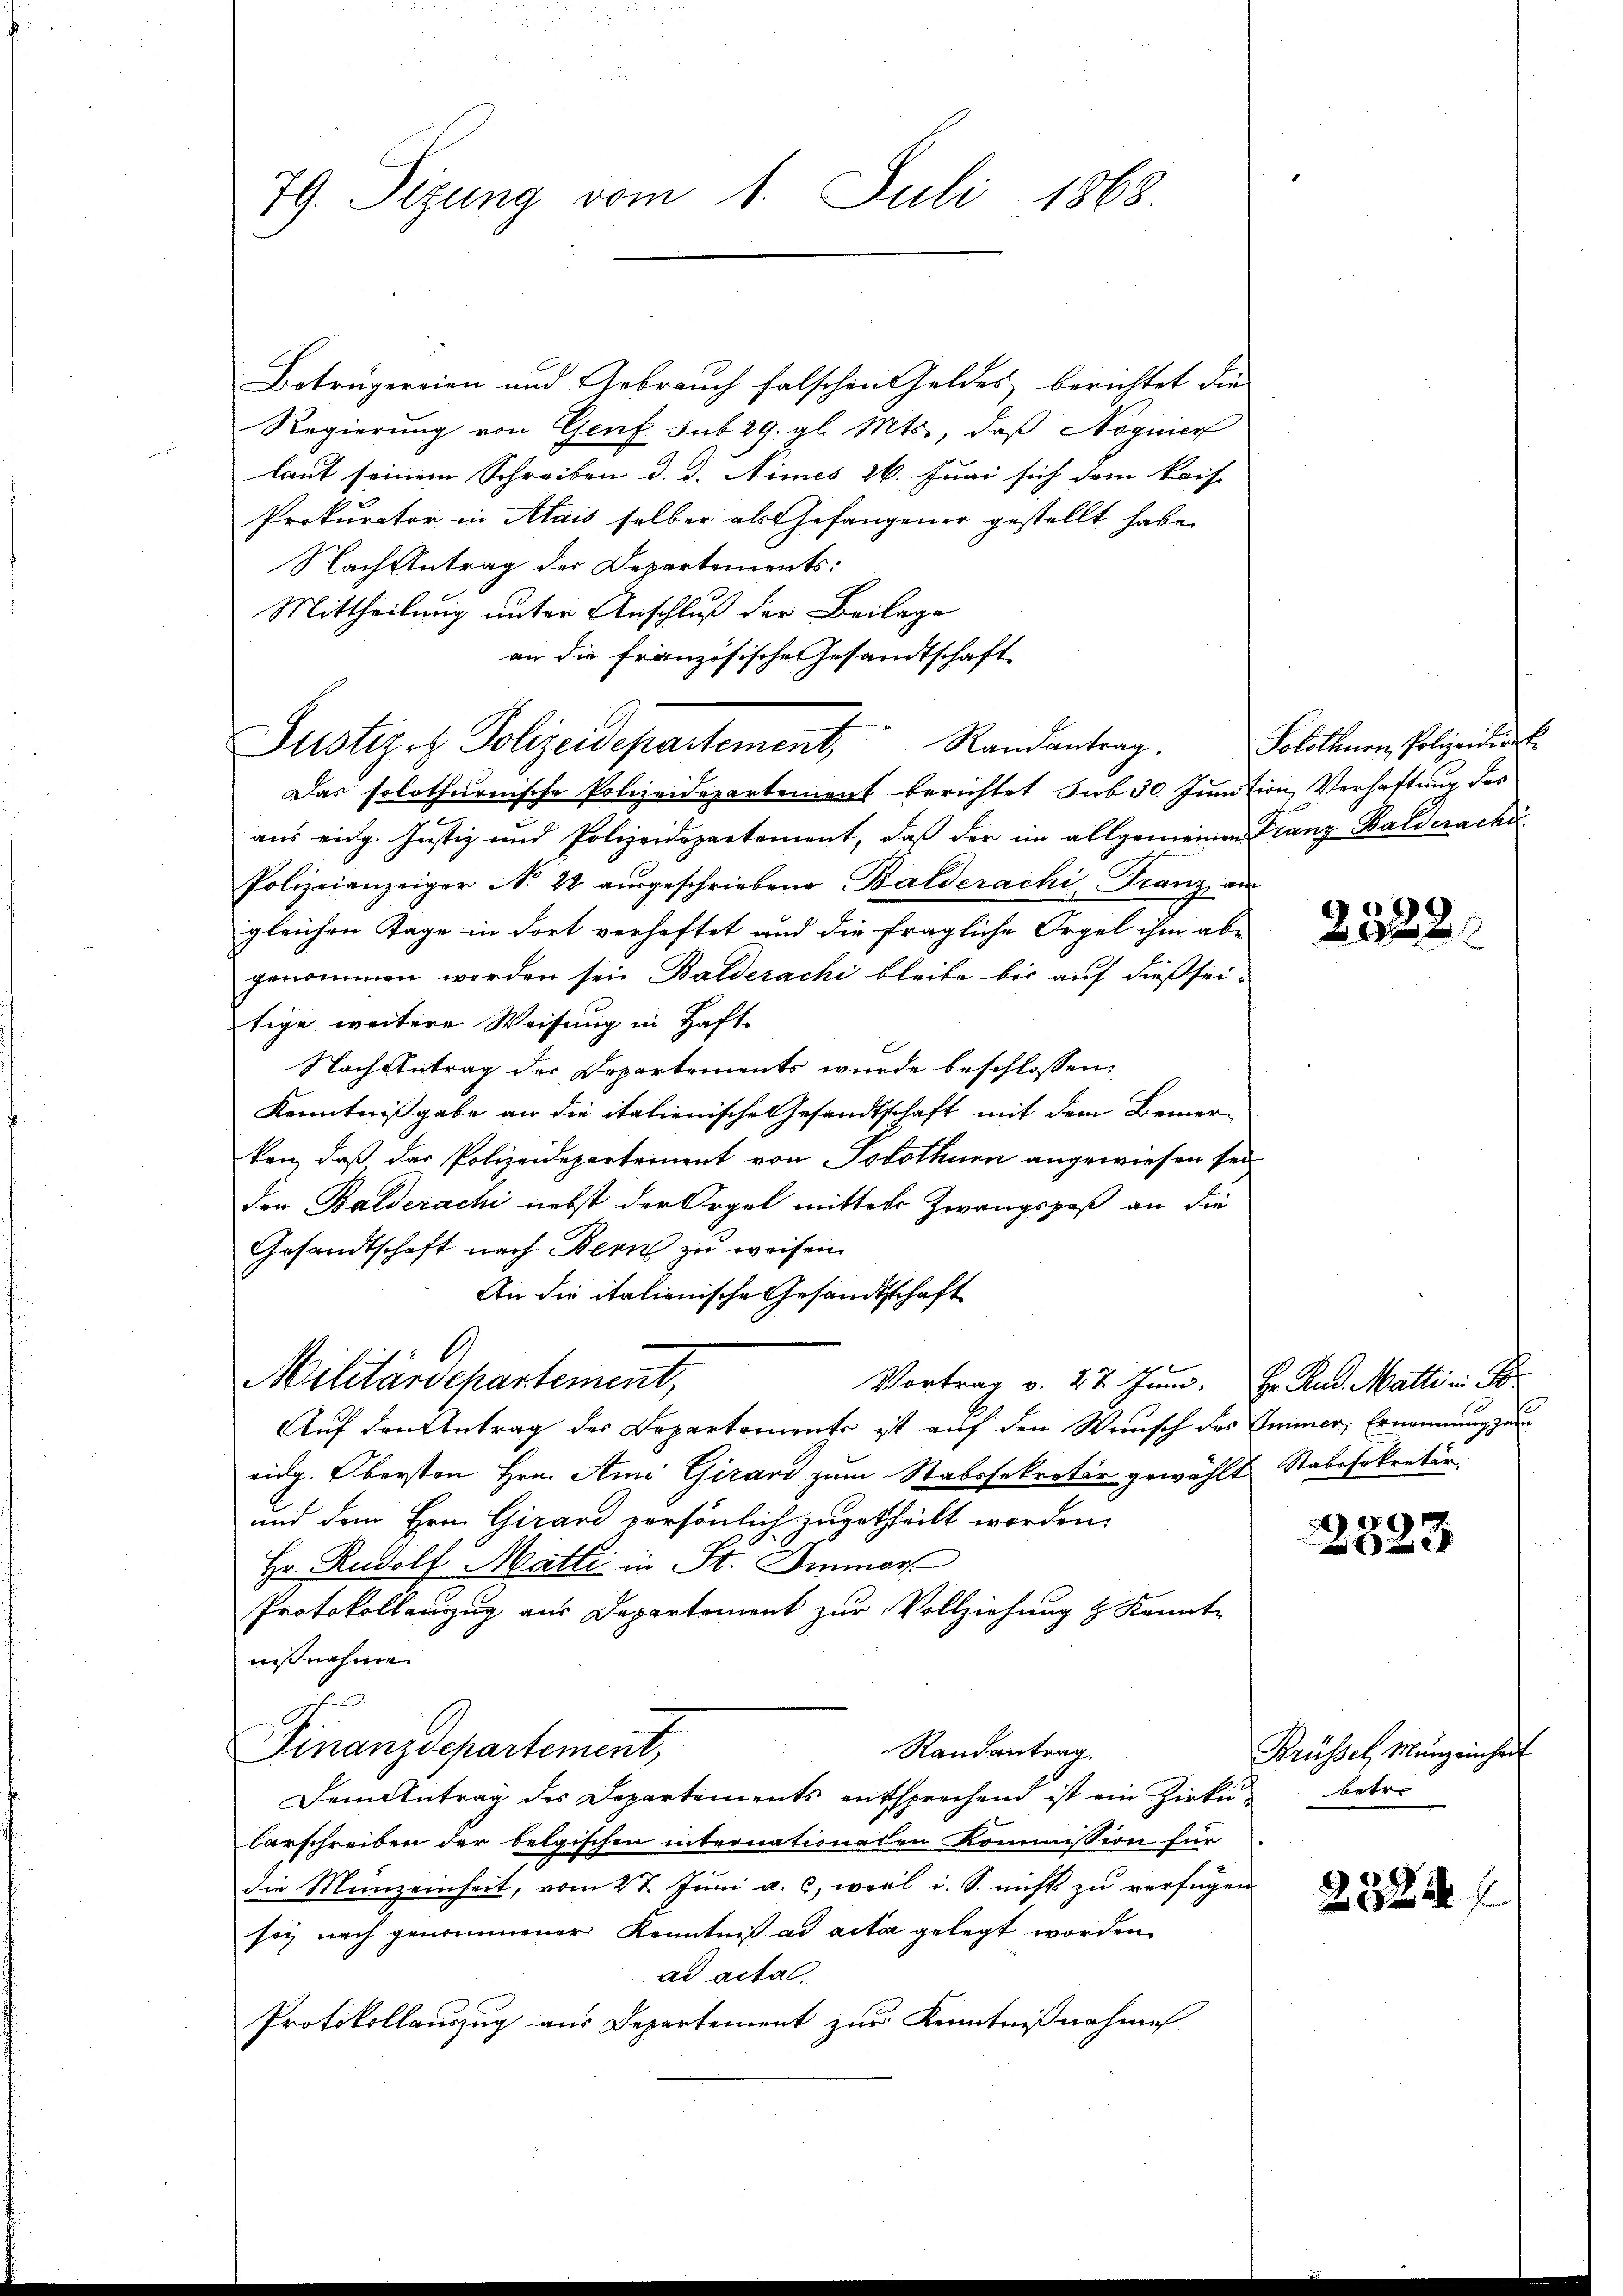
79. Sizung vom 1. Juli 1863.

Betrugereien und Gebrauch falschen Geldes berichtet die
Regierung von Genf sub. 29. gl. Mts., daß Nognier
laut seinem Schreiben d. d. Nimes 26. Juni sich dem Raif-
Prokurator in Alais selber als Gefangener gestellt habe.
Nach Antrag der Departements:
Mittheilung unter Anschluß der Beilage
an die französische Gesandtschaft
Das solothurnische Polizeidepartement berichtet sub 30. Junition, Verhaltung des
aus eidg. Justiz und Polizeidepartement, daß der im allgemeinen Franz Balderache
Polizeianzeiger N. 22 aŭsgeschriebene Balderachi-Franz an
gleichen Tage in dort verhaftet und die fragliche Orgel ihm abe
genommen worden sein Balderachi bleibe bis auf dießsei-
tige weitere Weisung in Haft-
Nachsutrag der Departements wurde beschlossen:
Kenntnißgabe an die italienische Gesandtschaft mit dem Bemerken, daß das Polizeidepartement von Solothurn angewiesen sei
den Balderachi nebst der Orgel mittels Zwangspaß an die
Gesandtschaft nach Bern zu weisen.
An die italionische Gesandtschaft
Militärdepartement,
Vortrag v. 27. Juni. Hr. Rud. Matti in B
Auf den Antrag der Departemente ist auf den Wunsch des Immer, Ernennung zum
eidg. Obersten Hrn. Ami Girard zum Stabssekretär gewählt Stabesekretär
und dem Hrn. Girard persönlich zugetheilt worden.
Hr. Rudolf Matti in St. Immers
Protokoll einzug aus Departement zur Vollziehung & Kennte
nißnahme
Finanzdepartement,
Randantrag
Dem Antrag des Departements entsprechend ist ein Zirkŭ- betre
larschreiben der belgischen internationalen Kommission für
die Menzeinheit, vom 27. Juni a. c. weil i. S. nichts zu verfügen
soy noch genommener Kenntniß ad acta gelegt worden
ad acta.
Protokollauszug aus Departement zur Kenntnißnahme.

Justiget. Polizeidepartement Randantrag.

Solothurn, Polizeidirek

2522

Brüssel, Münzeinheit

2324.